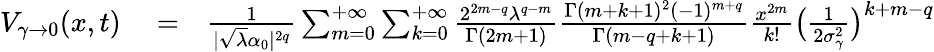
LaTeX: \begin{array}{rlr}{V_{\gamma\rightarrow 0}(x,t)}&{{}=}&{\frac{1}{|\sqrt{\lambda}\alpha_{0}|^{2q}}\sum_{m=0}^{+\infty}\sum_{k=0}^{+\infty}\frac{2^{2m-q}\lambda^{q-m}}{\Gamma(2m+1)}\frac{\Gamma(m+k+1)^{2}(-1)^{m+q}}{\Gamma(m-q+k+1)}\frac{x^{2m}}{k!}\big(\frac{1}{2\sigma_{\gamma}^{2}}\big)^{k+m-q}}\end{array}